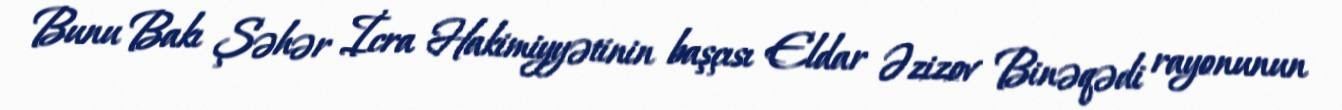
Bunu Bakı Şəhər İcra Hakimiyyətinin başçısı Eldar Əzizov Binəqədi rayonunun